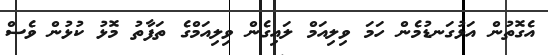
އެގޮތުން އަޅުގަނޑުމެން ހަމަ ވިލިއަމް ލައިގެން ވިލިއަމްގެ ތަފާތު މޮޅު ކުޅުން ވެސް